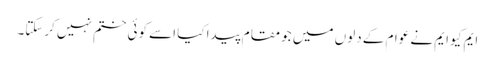
ایم کیو ایم نے عوام کے دلوں میں جو مقام پیدا کیا اسے کوئی ختم نہیں کرسکتا۔